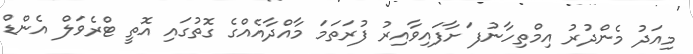
މިއަދު މެންދުރު އިމްތިހާނުފ ަށާފައިވާއިރު ފުރަތަމަ މާއްދާއެއްގެ ގޮތުގައި އޮތީ ޓްރެވަލް އެންޑް